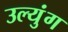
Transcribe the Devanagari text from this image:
उल्युंग